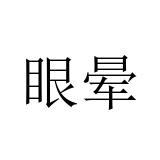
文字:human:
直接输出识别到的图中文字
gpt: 眼晕